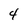
Character: 4